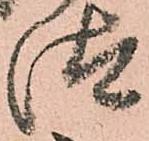
汰